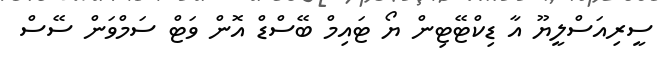
ސީރިއަސްލީޔޫ އާ ޑިކްޓޭޓިން ޔޯ ޓައިމް ބޭސްޑް އޮން ވަޓް ސަމްވަން ސޭސް